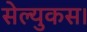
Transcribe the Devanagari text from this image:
सेल्युकस।